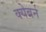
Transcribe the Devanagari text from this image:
क्येबर्न